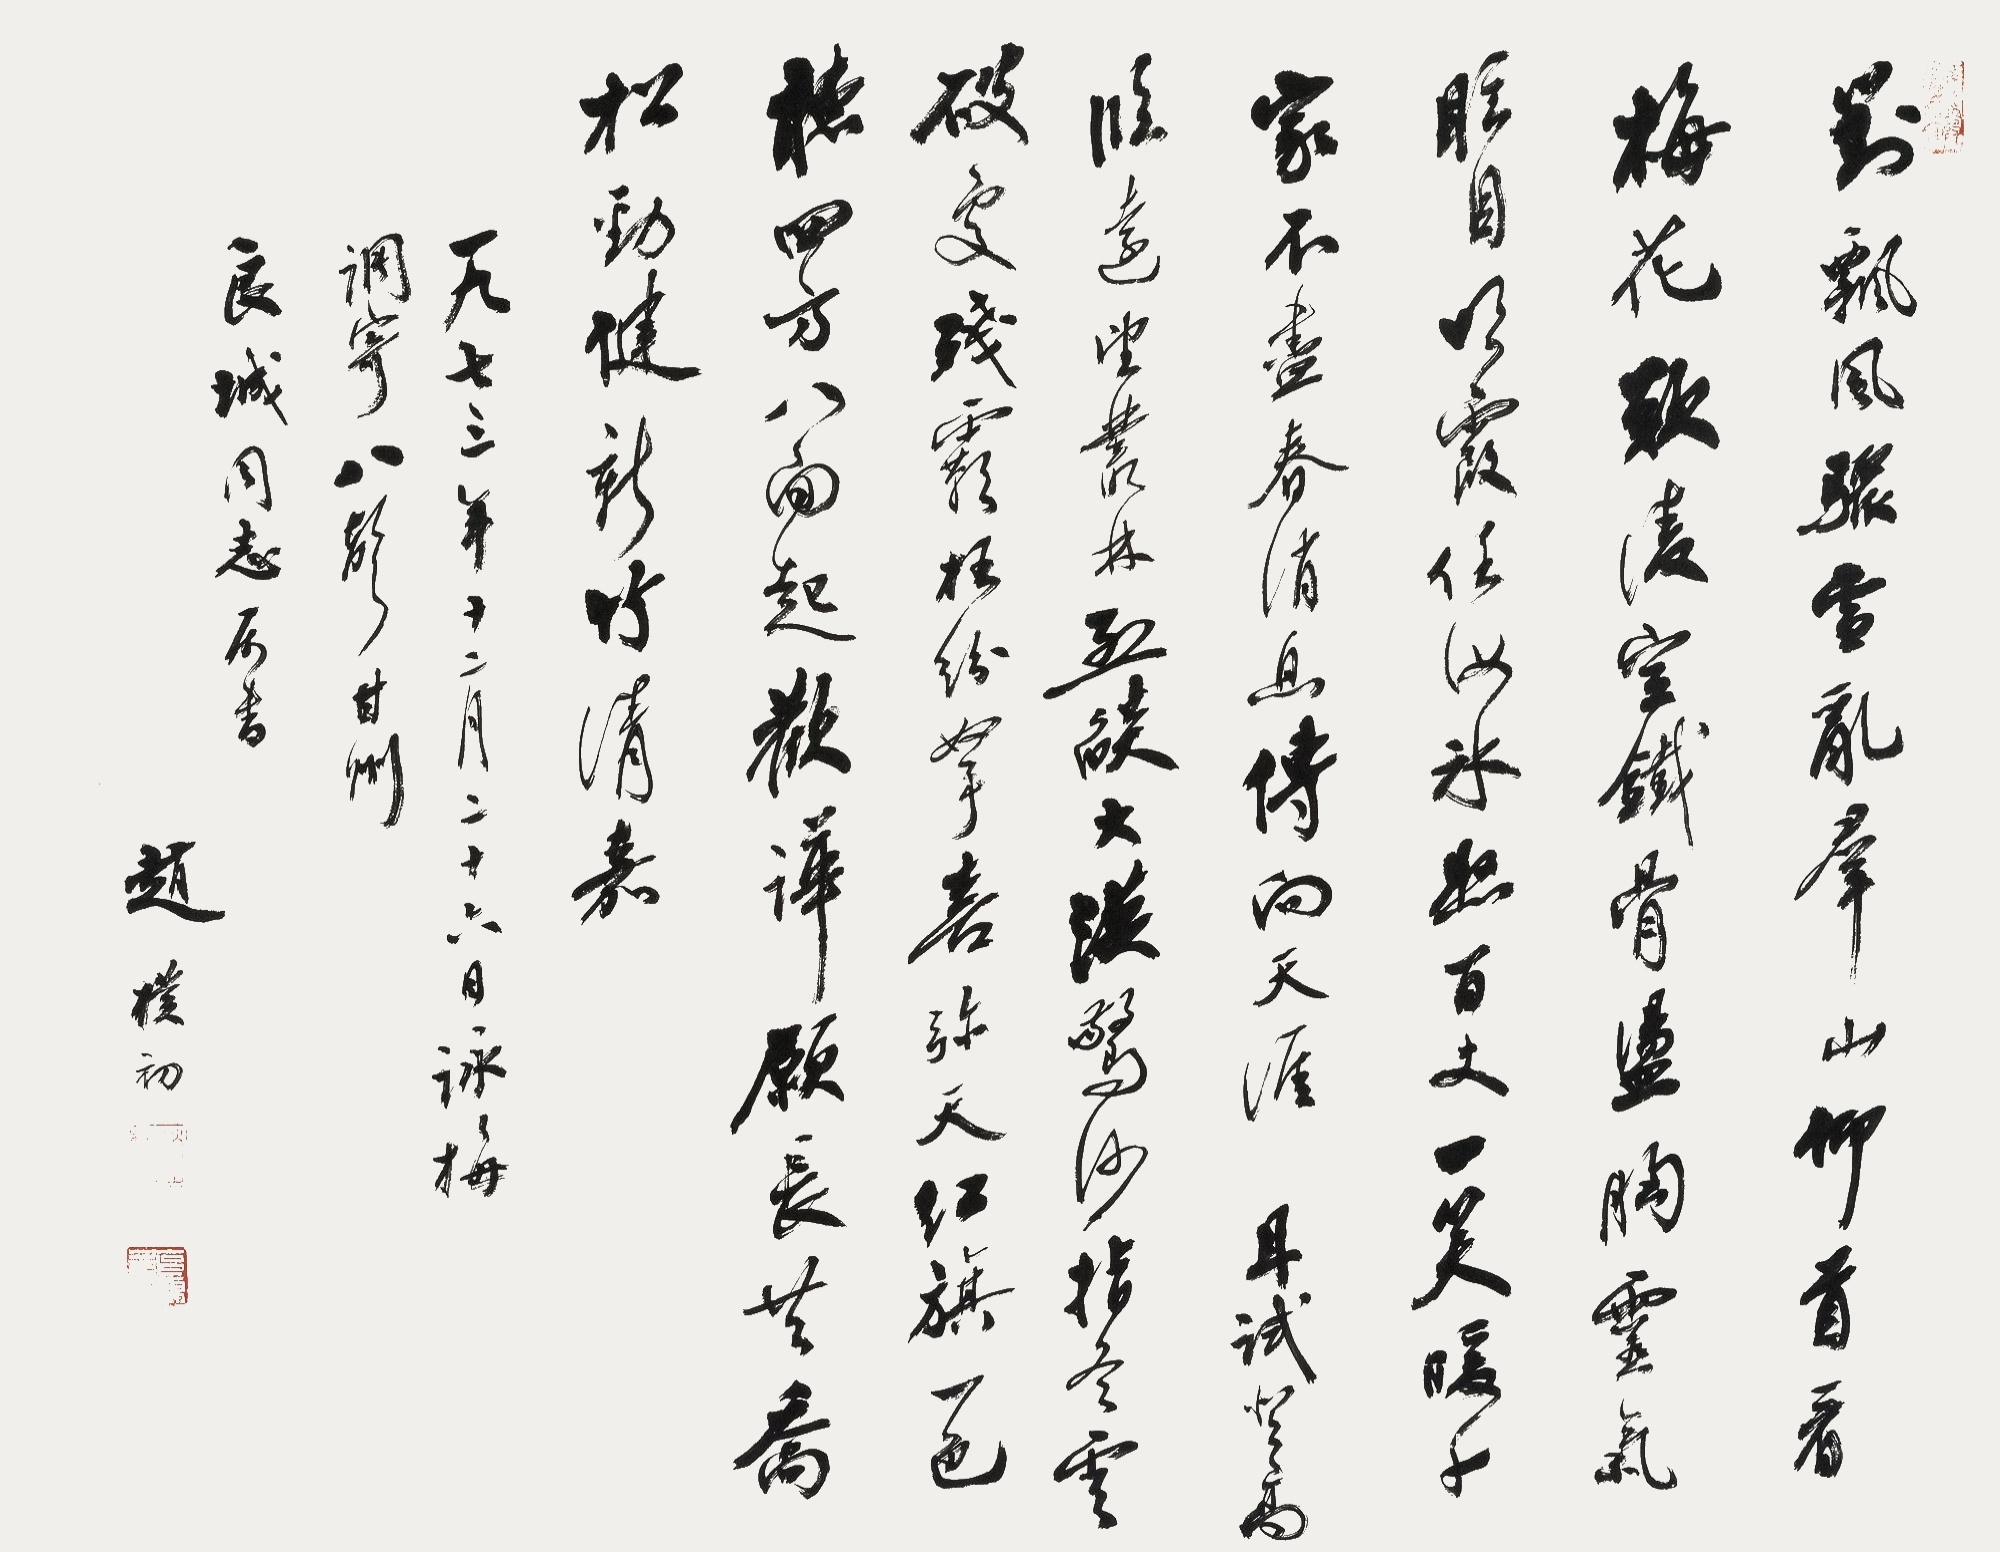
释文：对飘风骤雪乱群山仰首看梅花欲凌空铁骨荡胸灵气眩目明霞任汝冰照百丈一笑暖千家不尽春消息传向天涯且试登高临远望丛林烈焰大漠惊沙指冬云破处残霸枉纷拏喜弥天红旗一色听四方八面起欢哗愿长共乔松劲健新竹清嘉一九七三年十二月二十六日咏梅调寄八声甘州良城同志属书赵仆初